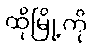
ထိုမြို့ကို